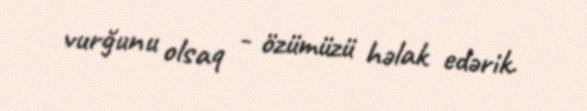
vurğunu olsaq - özümüzü həlak edərik.